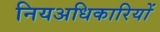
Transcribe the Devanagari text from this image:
नियअधिकारियों